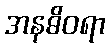
အနဓိဝရာ